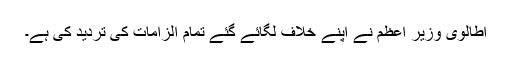
اطالوی وزیر اعظم نے اپنے خلاف لگائے گئے تمام الزامات کی تردید کی ہے۔